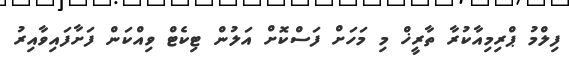
ފިލްމު ޕްރިމިއާކުރާ ތާރީޚް މި މަހަށް ފަސްކޮށް އަލުން ޓިކެޓް ވިއްކަން ފަށާފައިވާއިރު